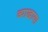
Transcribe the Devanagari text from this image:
व्याखाया